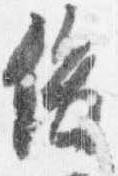
俊